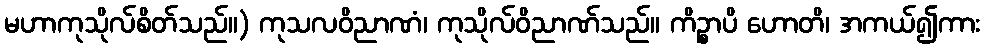
မဟာကုသိုလ်စိတ်သည်။) ကုသလဝိညာဏံ၊ ကုသိုလ်ဝိညာဏ်သည်။ ကိဉ္စာပိ ဟောတိ၊ အကယ်၍ကား